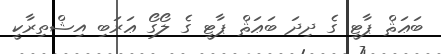
ބަޢަޘް ޕާޓީ ގެ ދިދަ ބަޢަޘް ޕާޓީ ގެ ލޯގޯ ޢަރަބި އިޝްތިރާކީ